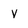
Character: V